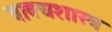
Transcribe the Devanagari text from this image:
वाक्यशास्त्र